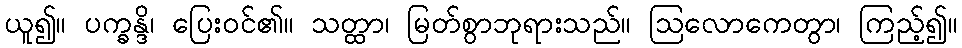
ယူ၍။ ပက္ခန္ဒိ၊ ပြေးဝင်၏။ သတ္ထာ၊ မြတ်စွာဘုရားသည်။ ဩလောကေတွာ၊ ကြည့်၍။